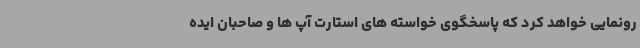
رونمایی خواهد کرد که پاسخگوی خواسته های استارت آپ ها و صاحبان ایده